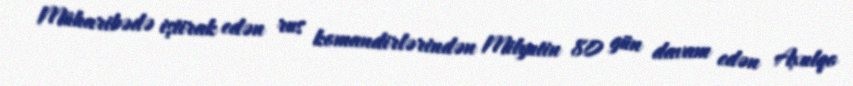
Müharibədə iştirak edən rus komandirlərindən Milyutin 80 gün davam edən Axulqo